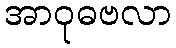
အာဝုဓဗလာ